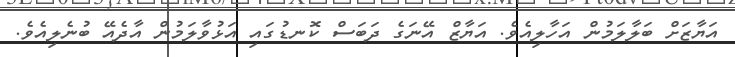
އަޔާޒަށް ބަލާލަމުން އަހާލިއެވެ. އަޔާޒް އޭނަގެ ދަބަސް ކޮނޑުގައި އަޅުވާލަމުން އާދެއޭ ބުނެލިއެވެ.